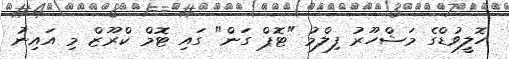
ހޮލީވުޑްގެ މަޝްހޫރު ފިލްމު "ޓޮޕް ގަން" ގައި ޓޮމް ކްރޫޒް މި އައިނު